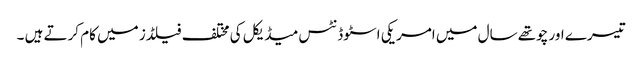
تیسرے اور چوتھے سال میں امریکی اسٹوڈنٹس میڈیکل کی مختلف فیلڈز میں کام کرتے ہیں ۔